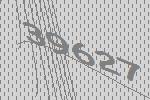
39627